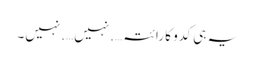
یہ ہی کدو کا رائتہ….نہیں….نہیں۔